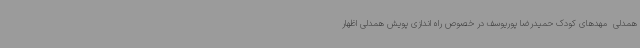
همدلی  مهدهای کودک حمیدرضا پوریوسف در خصوص راه اندازی پویش همدلی اظهار